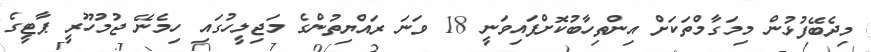
މިދެބޭފުޅުން މިމަގާމްތަކަށް އިންތިހާބުކޮށްފައިވަނީ 18 ވަނަ ރައްޔިތުންގެ މަޖިލީހުގައި ހިމެނޭ ޖުމުހޫރީ ޕާޓީގެ